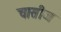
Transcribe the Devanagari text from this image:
चासीज